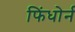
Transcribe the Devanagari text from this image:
फिंधोर्न